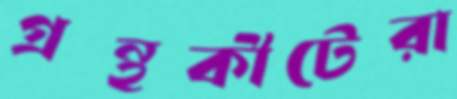
গ্রন্থকীটেরা